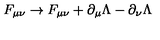
F _ { \mu \nu } \rightarrow F _ { \mu \nu } + \partial _ { \mu } \Lambda - \partial _ { \nu } \Lambda \quad